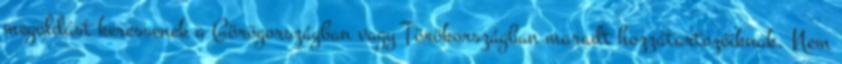
megoldást keressenek a Görögországban vagy Törökországban maradt hozzátartozóiknak. Nem